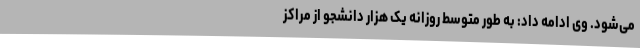
می‌شود. وی ادامه داد: به طور متوسط روزانه یک هزار دانشجو از مراکز